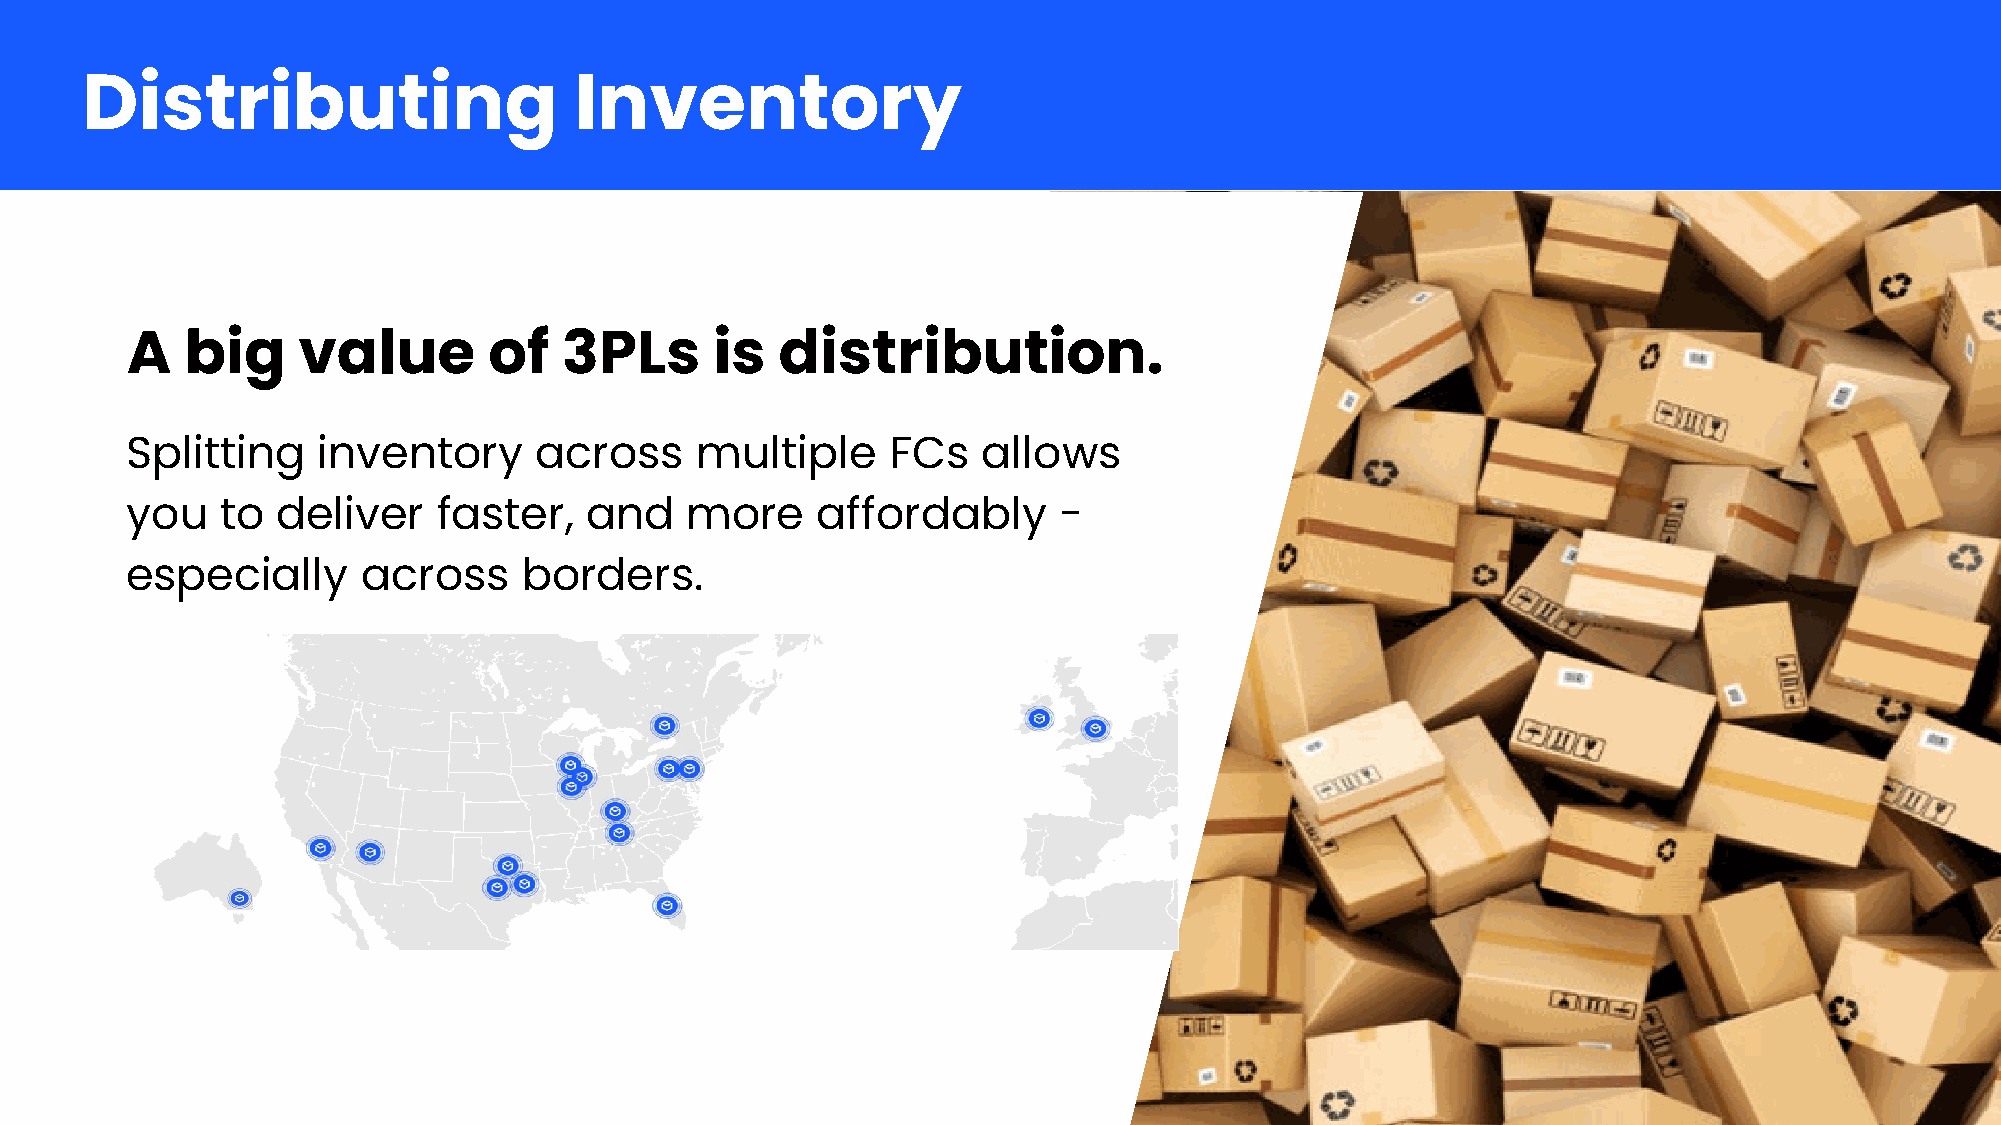
Distributing                     Inventory
 A   big     value       of   3PLs      is   distribution.
 Splitting    inventory     across     multiple     FCs   allows
 you    to deliver    faster,   and   more     affordably      -
 especially      across     borders.